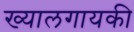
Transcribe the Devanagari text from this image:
ख्यालगायकी